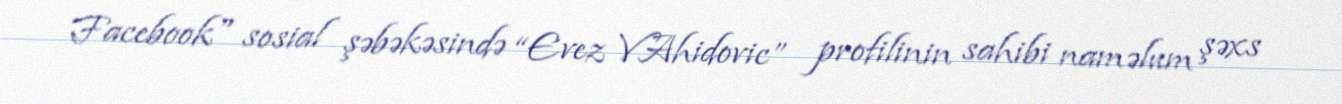
Facebook" sosial şəbəkəsində “Evez VAhidovic” profilinin sahibi naməlum şəxs